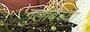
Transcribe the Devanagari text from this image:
गुलाबच्या